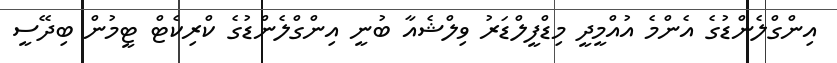
އިންގްލެންޑުގެ އެންމެ އުއްމީދީ މިޑްފީލްޑަރު ވިލްޝެއާ ބުނީ އިންގްލެންޑުގެ ކްރިކެޓް ޓީމުން ބިދޭސީ